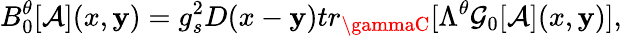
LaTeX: B_{0}^{\theta}[{\cal{A}}](x,\mathbf{y})=g_{s}^{2}D(x-\mathbf{y})tr_{\gammaC}[\Lambda^{\theta}{\cal{G}}_{0}[{\cal{A}}](x,\mathbf{y})],